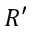
R ^ { \prime }